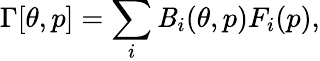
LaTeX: \Gamma[\theta,p]=\sum_{i}\mathit{B}_{i}(\theta,p)F_{i}(p),